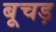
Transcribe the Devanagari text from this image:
बूचड़